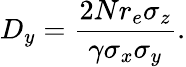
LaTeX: D_{y}=\frac{2Nr_{e}\sigma_{z}}{\gamma\sigma_{x}\sigma_{y}}.